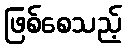
ဖြစ်စေသည့်